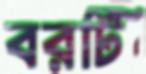
বরটি